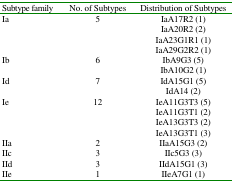
<table><thead><tr><td><b>Subtype family</b></td><td><b>No. of Subtypes</b></td><td><b>Distribution of Subtypes</b></td></tr></thead><tbody><tr><td>Ia</td><td>5</td><td>IaA17R2 (1)IaA20R2 (2)IaA23G1R1 (1)IaA29G2R2 (1)</td></tr><tr><td>Ib</td><td>6</td><td>IbA9G3 (5)IbA10G2 (1)</td></tr><tr><td>Id</td><td>7</td><td>IdA15G1 (5)IdA14 (2)</td></tr><tr><td>Ie</td><td>12</td><td>IeA11G3T3 (5)IeA11G3T1 (2)IeA13G3T3 (2)IeA13G3T1 (3)</td></tr><tr><td>IIa</td><td>2</td><td>IIaA15G3 (2)</td></tr><tr><td>IIc</td><td>3</td><td>IIc5G3 (3)</td></tr><tr><td>IId</td><td>3</td><td>IIdA15G1 (3)</td></tr><tr><td>IIe</td><td>1</td><td>IIeA7G1 (1)</td></tr></tbody></table>